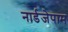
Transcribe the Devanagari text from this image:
नार्डजेपाम